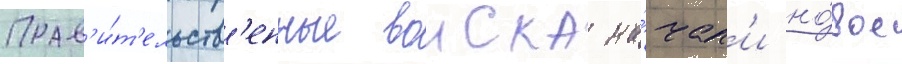
Прав'и́т'ельств'енные воиска на́чал'и но́вое